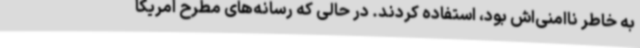
به خاطر ناامنی‌اش بود، استفاده کردند. در حالی که رسانه‌های مطرح امریکا